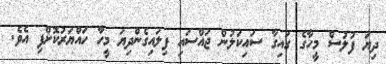
ދިޔަ ފުލުސް މީހާގެ ގައިގާ ސައިކަލުން ޖައްސައި ފިލައިގެންދިޔަ މީހާ ހައްޔަރުކޮށްފި އެވެ.